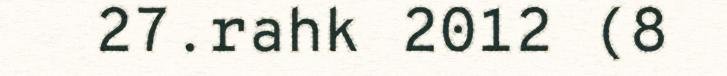
27.rahk 2012 (8